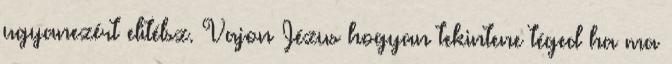
ugyanezért elitélsz. Vajon Jézus hogyan tekintene téged ha ma